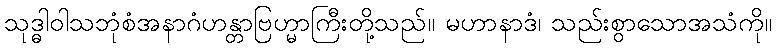
သုဒ္ဓါဝါသဘုံစံအနာဂံဟန္တာဗြဟ္မာကြီးတို့သည်။ မဟာနာဒံ၊ သည်းစွာသောအသံကို။